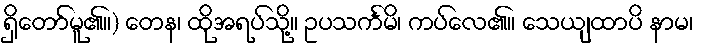
ရှိတော်မူ၏။) တေန၊ ထိုအရပ်သို့။ ဥပသင်္ကမိ၊ ကပ်လေ၏။ သေယျထာပိ နာမ၊